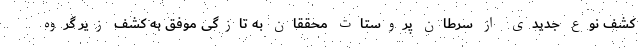
کشف نوع جدیدی از سرطان پروستات محققان به تازگی موفق به کشف زیر گروه